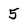
Character: 5